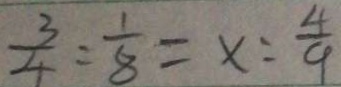
\frac { 3 } { 4 } = \frac { 1 } { 8 } = x : \frac { 4 } { 9 }